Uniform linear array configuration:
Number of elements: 24
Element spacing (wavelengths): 1
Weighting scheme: uniform
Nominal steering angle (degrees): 45
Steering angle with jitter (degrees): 46.283
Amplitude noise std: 0.05
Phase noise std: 0.05

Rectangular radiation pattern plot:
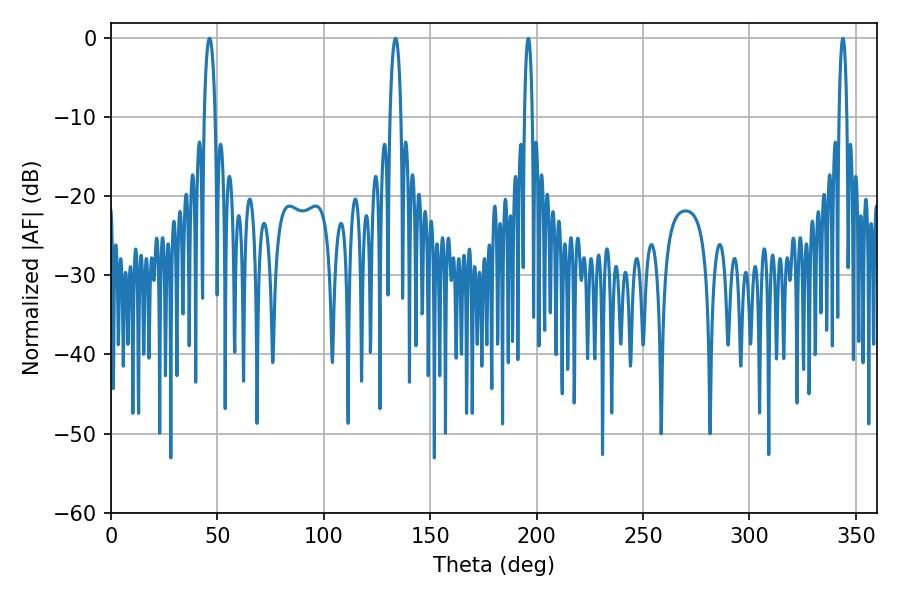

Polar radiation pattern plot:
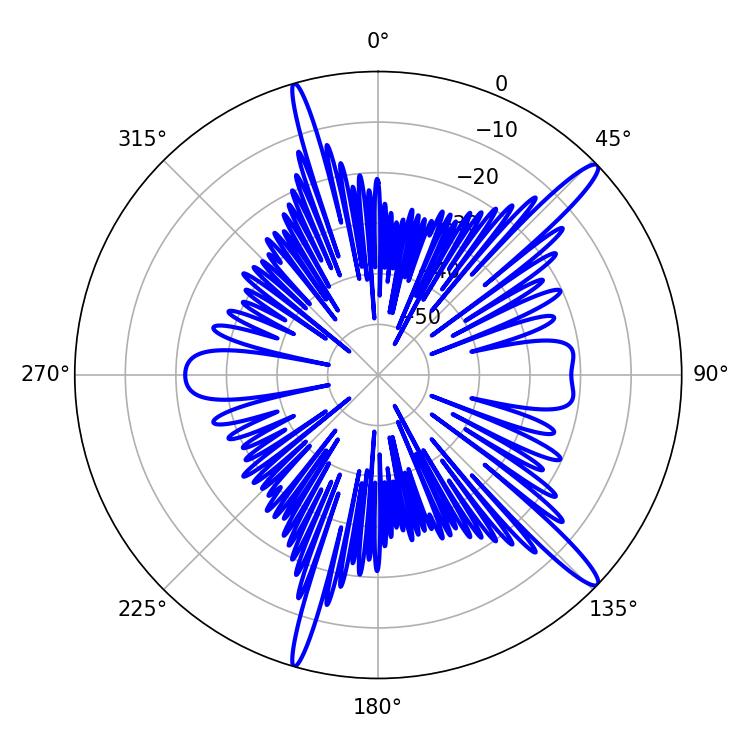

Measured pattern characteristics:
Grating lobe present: TRUE
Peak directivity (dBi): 14.992
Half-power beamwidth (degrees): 2.88
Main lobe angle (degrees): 46.26